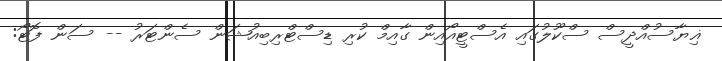
ޣިޔާސުއްދީސް ސްކޫލުގައި އެސްޓީއޯއިން ގާއިމް ކުރި ޑިސްޓްރިބިއުޝަން ސެންޓަރު -- ސަން ފޮޓޯ: